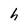
Character: h